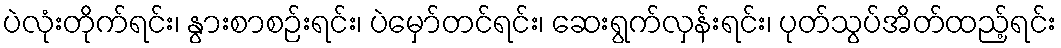
ပဲလုံးတိုက်ရင်း၊ နွားစာစဉ်းရင်း၊ ပဲမှော်တင်ရင်း၊ ဆေးရွက်လှန်းရင်း၊ ပုတ်သွပ်အိတ်ထည့်ရင်း